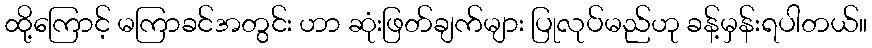
ထို့ကြောင့် မကြာခင်အတွင်း ဟာ ဆုံးဖြတ်ချက်များ ပြုလုပ်မည်ဟု ခန့်မှန်းရပါတယ်။